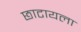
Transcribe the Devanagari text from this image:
छाटायला